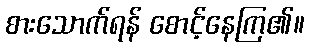
စားသောက်ရန် စောင့်နေကြ၏။